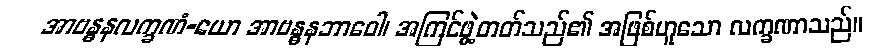
အာဗန္ဓနလက္ခဏံ-ယော အာဗန္ဓနဘာဝေါ၊ အကြင်ဖွဲ့တတ်သည်၏ အဖြစ်ဟူသော လက္ခဏာသည်။